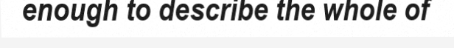
enough to describe the whole of